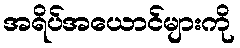
အရိပ်အယောင်များကို